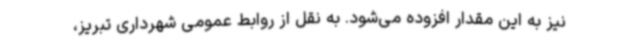
نیز به این مقدار افزوده می‌شود. به نقل از روابط عمومی شهرداری تبریز،